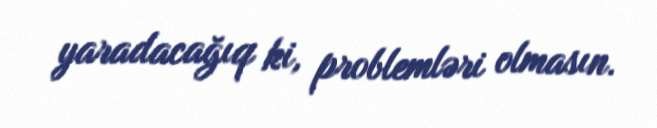
yaradacağıq ki, problemləri olmasın.